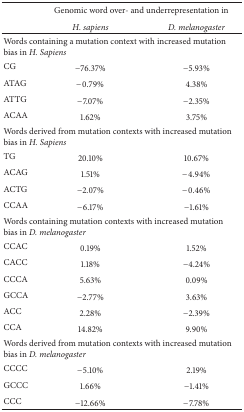
<table><thead><tr><td rowspan="2"><b> </b></td><td colspan="2"><b>Genomic word over- and underrepresentation in </b></td></tr><tr><td><b><i>H. sapiens</i></b></td><td><b><i>D. melanogaster</i></b></td></tr></thead><tbody><tr><td colspan="3">Words containing a mutation context with increased mutation bias in <i>H. Sapiens </i></td></tr><tr><td>CG</td><td>−76.37%</td><td>−5.93%</td></tr><tr><td>ATAG</td><td>−0.79%</td><td>4.38%</td></tr><tr><td>ATTG</td><td>−7.07%</td><td>−2.35%</td></tr><tr><td>ACAA</td><td>1.62%</td><td>3.75%</td></tr><tr><td colspan="3">Words derived from mutation contexts with increased mutation bias in <i>H. Sapiens </i></td></tr><tr><td>TG</td><td>20.10%</td><td>10.67%</td></tr><tr><td>ACAG</td><td>1.51%</td><td>−4.94%</td></tr><tr><td>ACTG</td><td>−2.07%</td><td>−0.46%</td></tr><tr><td>CCAA</td><td>−6.17%</td><td>−1.61%</td></tr><tr><td colspan="3">Words containing mutation contexts with increased mutation bias in <i>D. melanogaster </i></td></tr><tr><td>CCAC</td><td>0.19%</td><td>1.52%</td></tr><tr><td>CACC</td><td>1.18%</td><td>−4.24%</td></tr><tr><td>CCCA</td><td>5.63%</td><td>0.09%</td></tr><tr><td>GCCA</td><td>−2.77%</td><td>3.63%</td></tr><tr><td>ACC</td><td>2.28%</td><td>−2.39%</td></tr><tr><td>CCA</td><td>14.82%</td><td>9.90%</td></tr><tr><td colspan="3">Words derived from mutation contexts with increased mutation bias in <i>D. melanogaster </i></td></tr><tr><td>CCCC</td><td>−5.10%</td><td>2.19%</td></tr><tr><td>GCCC</td><td>1.66%</td><td>−1.41%</td></tr><tr><td>CCC</td><td>−12.66%</td><td>−7.78% </td></tr></tbody></table>